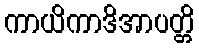
ကာယိကာဒိအာပတ္တိ